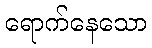
ရောက်နေသော